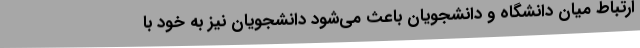
ارتباط میان دانشگاه و دانشجویان باعث می‌شود دانشجویان نیز به خود با